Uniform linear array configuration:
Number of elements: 16
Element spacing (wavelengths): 0.25
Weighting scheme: binomial
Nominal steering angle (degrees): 30
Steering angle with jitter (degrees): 29.939
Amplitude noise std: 0.05
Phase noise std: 0.05

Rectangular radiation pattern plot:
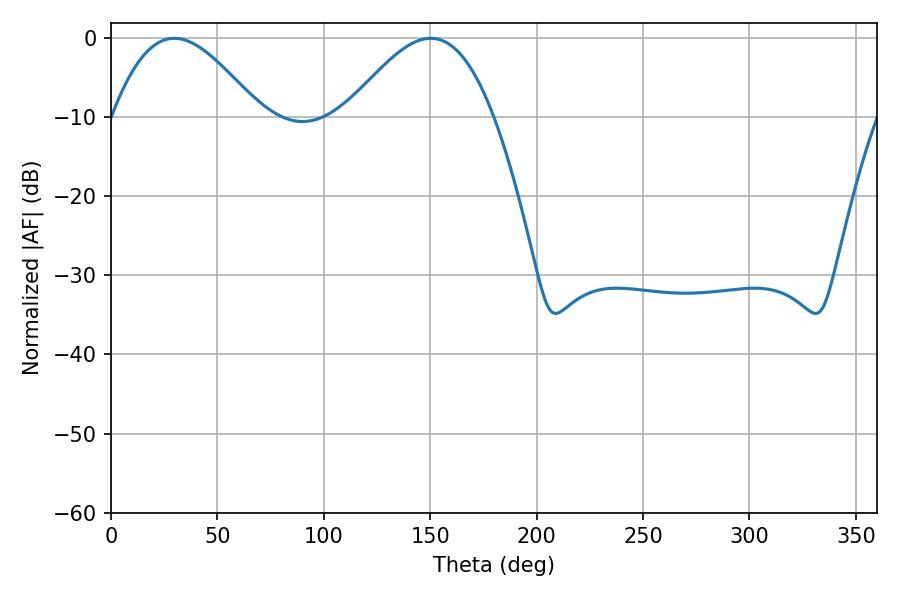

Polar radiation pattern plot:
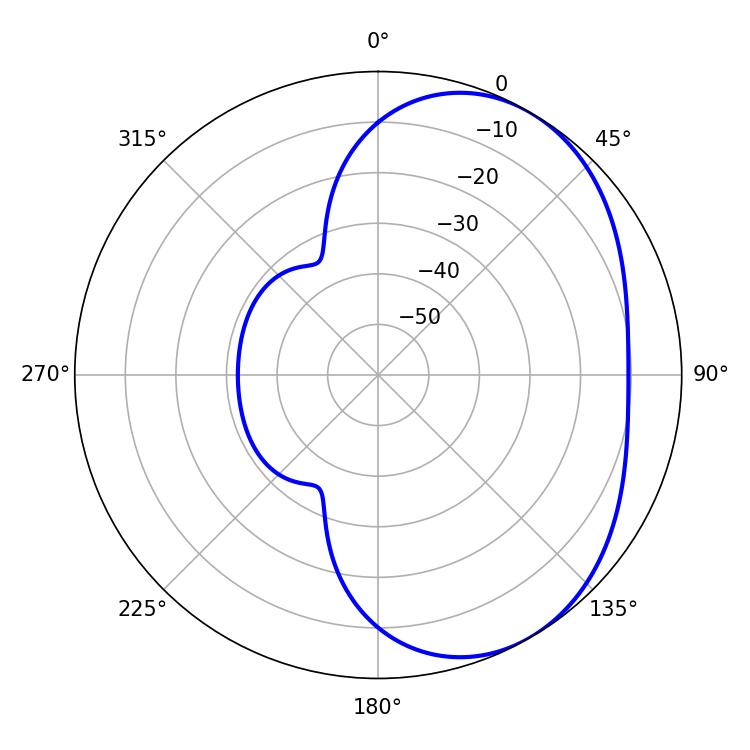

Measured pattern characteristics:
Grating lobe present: FALSE
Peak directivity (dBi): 3.999
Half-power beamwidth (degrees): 37.26
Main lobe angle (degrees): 29.7